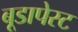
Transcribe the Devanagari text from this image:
बूडापेस्ट